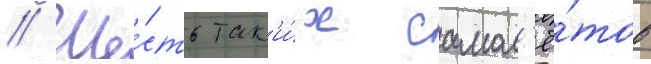
// Ше́сть так'и́х самол'ё́тов